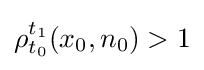
\rho _{t_{0}}^{t_{1}}(x_{0},n_{0})>1